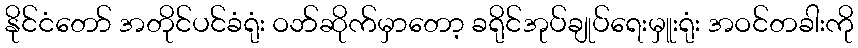
နိုင်ငံတော် အတိုင်ပင်ခံရုံး ဝဘ်ဆိုက်မှာတော့ ခရိုင်အုပ်ချုပ်ရေးမှူးရုံး အဝင်တခါးကို